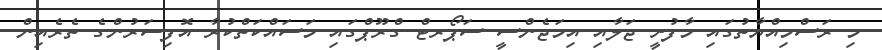
މި ރަސްމިއްޔާތުގައި މާފުށީ ޖަލާއި އިމަޖެންސީ ސަޕޯރޓް ގްރޫޕްގައި މަސައްކަތްކުރާ އޮފިސަރުންގެ ތެރެއިން